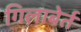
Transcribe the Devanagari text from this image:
गिलाबेर्त